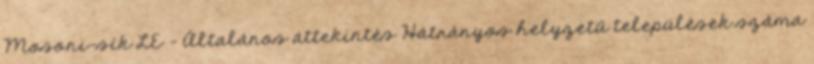
Mosoni-sík LE – Általános áttekintés Hátrányos helyzetű települések száma